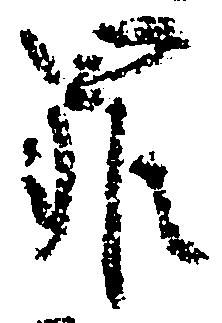
罪